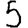
Digit: 5